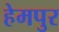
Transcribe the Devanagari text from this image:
हेमपुर